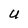
Character: U